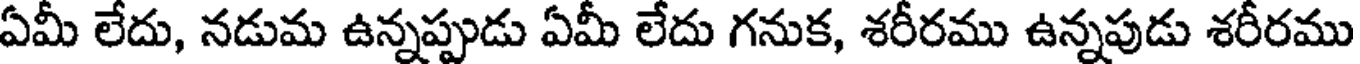
ఏమీ లేదు, నడుమ ఉన్నప్పుడు ఏమీ లేదు గనుక, శరీరము ఉన్నపుడు శరీరము